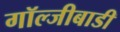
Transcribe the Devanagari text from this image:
गॉल्जीबाडी